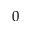
0